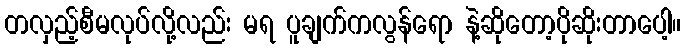
တလှည့်စီမလုပ်လို့လည်း မရ ပူချက်ကလွန်ရော နဲ့ဆိုတော့ပိုဆိုးတာပေါ့။